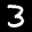
Label: 3